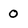
Character: 0